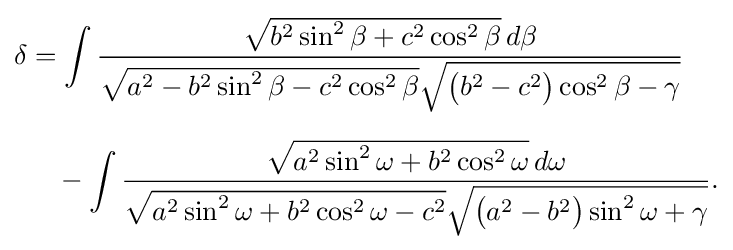
{\begin{aligned}\delta &=\int {\frac {{\sqrt {b^{2}\sin ^{2}\beta +c^{2}\cos ^{2}\beta }}\,d\beta }{{\sqrt {a^{2}-b^{2}\sin ^{2}\beta -c^{2}\cos ^{2}\beta }}{\sqrt {{\bigl (}b^{2}-c^{2}{\bigr )}\cos ^{2}\beta -\gamma }}}}\\[6pt]&\quad -\int {\frac {{\sqrt {a^{2}\sin ^{2}\omega +b^{2}\cos ^{2}\omega }}\,d\omega }{{\sqrt {a^{2}\sin ^{2}\omega +b^{2}\cos ^{2}\omega -c^{2}}}{\sqrt {{\bigl (}a^{2}-b^{2}{\bigr )}\sin ^{2}\omega +\gamma }}}}.\end{aligned}}